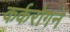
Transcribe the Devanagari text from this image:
कर्करोगने